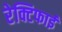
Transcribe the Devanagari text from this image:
रेक्टिफाई